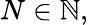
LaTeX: N\in\mathbb{N},